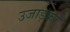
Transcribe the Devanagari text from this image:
उजाड़कर